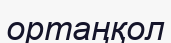
ортаңқол